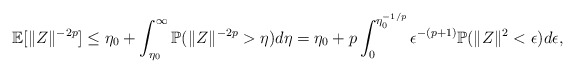
\begin{align*}\mathbb{E}[\|Z\|^{-2p}]\leq \eta_0+\int_{\eta_0}^\infty \mathbb{P}(\|Z\|^{-2p}>\eta)d\eta= \eta_0+ p\int_0^{\eta_0^{-1/p}}\epsilon^{-(p+1)}\mathbb{P}(\|Z\|^2<\epsilon)d\epsilon,\end{align*}